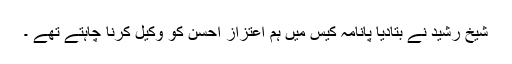
شیخ رشید نے بتادیا پانامہ کیس میں ہم اعتزاز احسن کو وکیل کرنا چاہتے تھے ۔